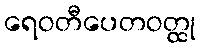
ရေဝတီပေတဝတ္ထု